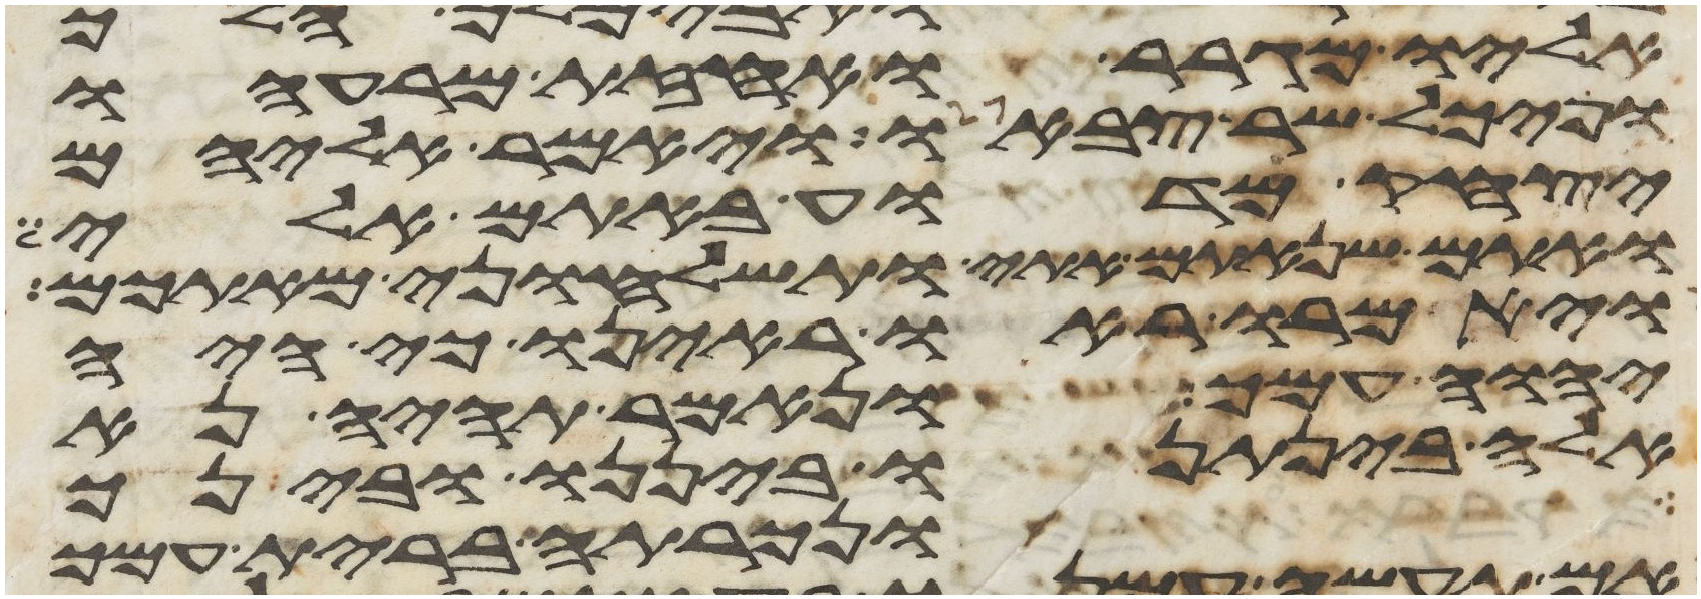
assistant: אליו מגרר ואחזת מרעהו
ופיכל שר צבאו ויאמר אליהם
יצחק מדוע באתם אלי
ואתם שנאתם אתי ותשלחוני מאתכם
ויאמרו ראו ראינו כי היה
יהוה עמך ונאמר תהיה נא
אשר נתן להם יהוה כה עשו אבתיכם
ביננו ובינך
ונכרתה ברית עמך